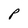
Character: P